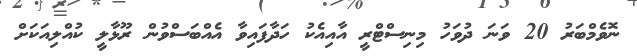
ނޮވެމްބަރު 20 ވަނަ ދުވަހު މިނިސްޓްރީ އާއިއެކު ހަދާފައިވާ އެއްބަސްވުން ރޫޅާލީ ކުއްލިއަކަށް